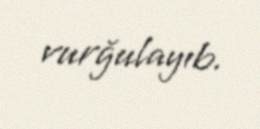
vurğulayıb.